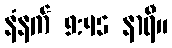
နံနက် 9:45 နာရီ။